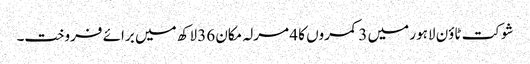
شوکت ٹاؤن لاہور میں 3 کمروں کا 4 مرلہ مکان 36 لاکھ میں برائے فروخت۔